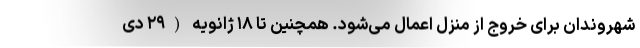
شهروندان برای خروج از منزل اعمال می‌شود. همچنین تا ۱۸ ژانویه (۲۹ دی